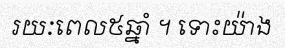
រយៈពេល៥ឆ្នាំ ។ ទោះយ៉ាង